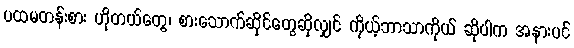
ပထမတန်းစား ဟိုတယ်တွေ၊ စားသောက်ဆိုင်တွေဆိုလျှင် ကိုယ့်ဘာသာကိုယ် ဆိုပါက အနားပင်